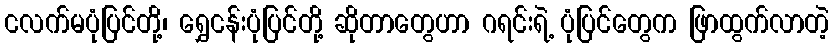
ငလက်မပုံပြင်တို့၊ ရွှေငန်းပုံပြင်တို့ ဆိုတာတွေဟာ ဂရင်းရဲ့ ပုံပြင်တွေက ဖြာထွက်လာတဲ့